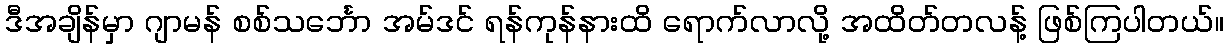
ဒီအချိန်မှာ ဂျာမန် စစ်သင်္ဘော အမ်ဒင် ရန်ကုန်နားထိ ရောက်လာလို့ အထိတ်တလန့် ဖြစ်ကြပါတယ်။